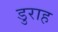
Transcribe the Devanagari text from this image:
डुराह